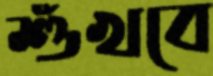
শুঁখবে